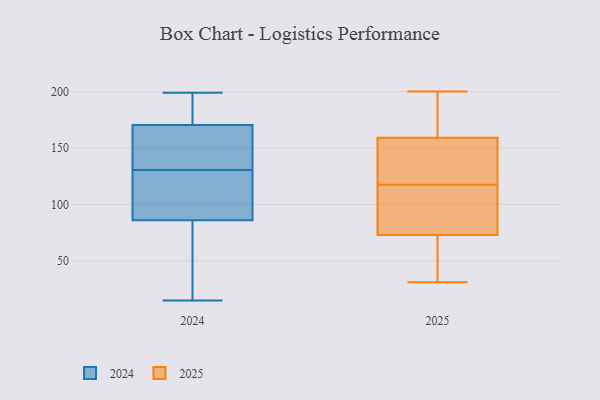
{"axis": {"x": "Backlog", "y": "Value"}, "legend": ["2024", "2025"], "data": [{"x": "", "y": 182, "type": "2024"}, {"x": "", "y": 87, "type": "2024"}, {"x": "", "y": 124, "type": "2024"}, {"x": "", "y": 111, "type": "2024"}, {"x": "", "y": 166, "type": "2024"}, {"x": "", "y": 123, "type": "2024"}, {"x": "", "y": 137, "type": "2024"}, {"x": "", "y": 199, "type": "2024"}, {"x": "", "y": 70, "type": "2024"}, {"x": "", "y": 194, "type": "2024"}, {"x": "", "y": 15, "type": "2024"}, {"x": "", "y": 157, "type": "2024"}, {"x": "", "y": 85, "type": "2024"}, {"x": "", "y": 175, "type": "2024"}, {"x": "", "y": 56, "type": "2024"}, {"x": "", "y": 144, "type": "2024"}, {"x": "", "y": 106, "type": "2025"}, {"x": "", "y": 73, "type": "2025"}, {"x": "", "y": 186, "type": "2025"}, {"x": "", "y": 198, "type": "2025"}, {"x": "", "y": 153, "type": "2025"}, {"x": "", "y": 200, "type": "2025"}, {"x": "", "y": 31, "type": "2025"}, {"x": "", "y": 50, "type": "2025"}, {"x": "", "y": 159, "type": "2025"}, {"x": "", "y": 126, "type": "2025"}, {"x": "", "y": 54, "type": "2025"}, {"x": "", "y": 109, "type": "2025"}, {"x": "", "y": 108, "type": "2025"}, {"x": "", "y": 158, "type": "2025"}]}